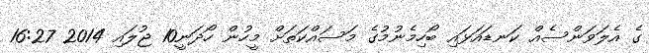
ގެ އެލަވަންސެއް ކަނޑައަޅައި ބޯހިމެނުމުގެ މަސައްކަތަށް މީހުން ހޯދަނީ10 ޖުލައި 2014 16:27